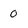
Character: 0